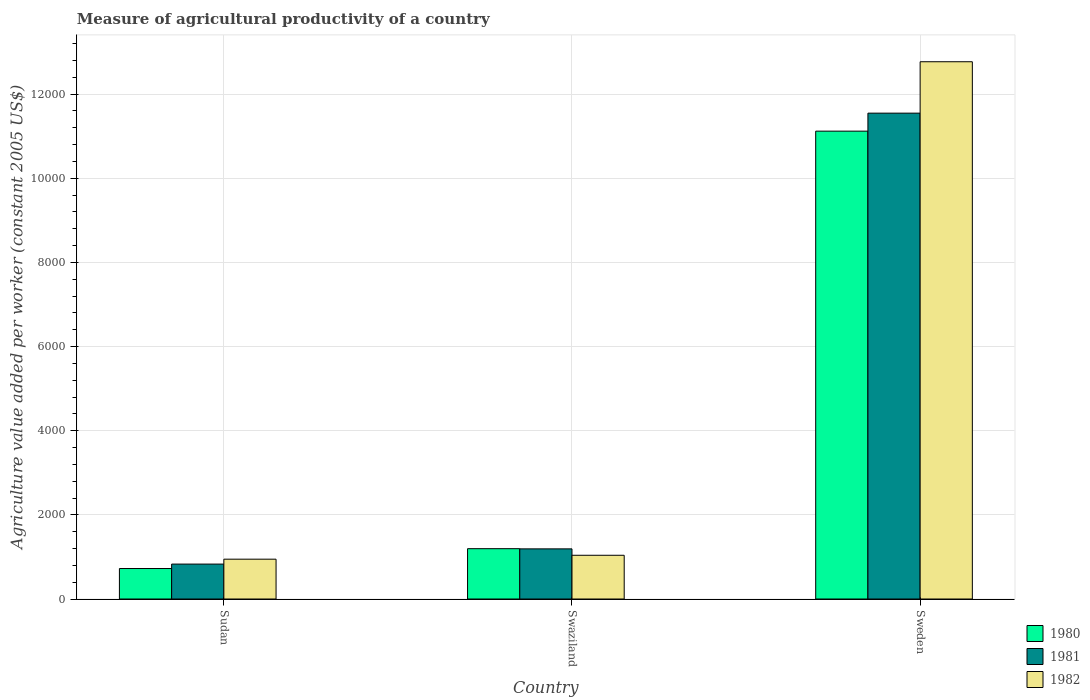
| Country | 1980 | 1981 | 1982 |
 | --- | --- | --- | --- |
 | Sudan | 725 | 830 | 947 |
 | Swaziland | 1.2e+03 | 1.19e+03 | 1.04e+03 |
 | Sweden | 1.11e+04 | 1.15e+04 | 1.28e+04 |